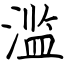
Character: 滥